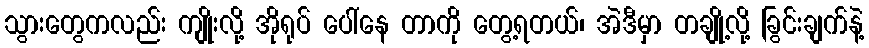
သွားတွေကလည်း ကျိုးလို့ အိုရုပ် ပေါ်နေ တာကို တွေ့ရတယ်၊ အဲဒီမှာ တချို့လို့ ခြွင်းချက်နဲ့